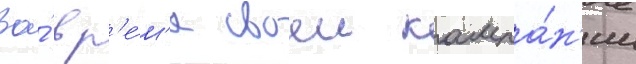
Во́ вр'е́м'я своеи кампа́н'ии